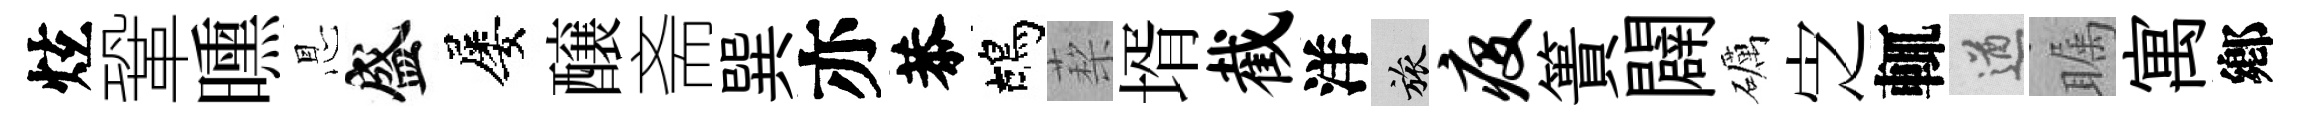
炫鞏曛㤙盛屡醸斋巽亦恭鴣蔾壻截洋旅疫簣闢礪㝎輒遒瞩寓鄕